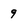
Character: 9